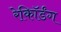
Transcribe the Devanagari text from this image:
रेकॉिर्डंग